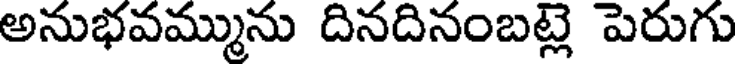
అనుభవమ్మును దినదినంబట్లె పెరుగు